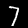
Digit: 7